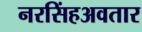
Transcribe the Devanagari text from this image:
नरसिंहअवतार